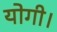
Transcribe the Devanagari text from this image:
योगी।